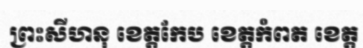
ព្រះសីហនុ ខេត្តកែប ខេត្តកំពត ខេត្ត